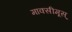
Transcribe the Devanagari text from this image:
माक्सीमूस्